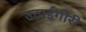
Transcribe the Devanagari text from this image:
उठाईगीरी